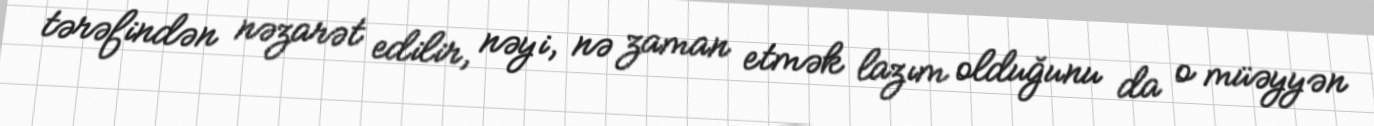
tərəfindən nəzarət edilir, nəyi, nə zaman etmək lazım olduğunu da o müəyyən